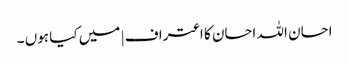
احسان اللہ احسان کا اعتراف | میں کیا ہوں ۔